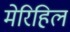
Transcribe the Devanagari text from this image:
मेरिहिल